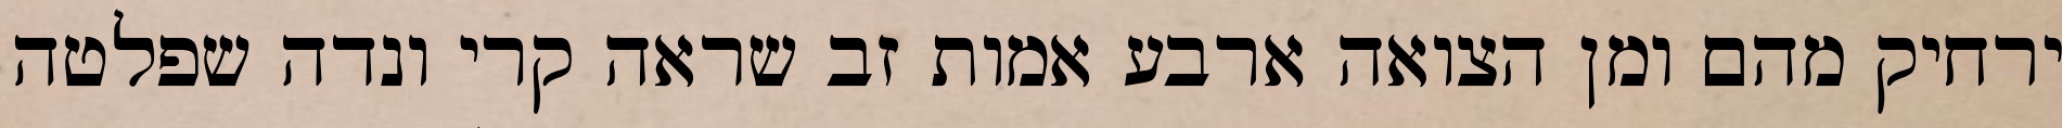
ירחיק מהם ומן הצואה ארבע אמות זב שראה קרי ונדה שפלטה